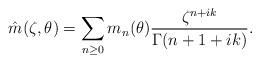
LaTeX: \begin{align*}\hat{m}(\zeta,\theta)=\sum_{n\geq0}m_n(\theta)\frac{\zeta^{n+ik}}{\Gamma(n+1+ik)}.\end{align*}